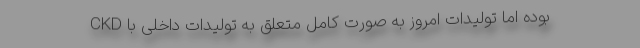
CKD بوده اما تولیدات امروز به صورت کامل متعلق به تولیدات داخلی با